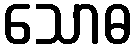
သောဓ